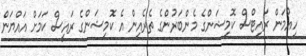
ހިއުމަން ރައިޓްސް ކޮމިޝަންގެ މެންބަރުންގެ ތެރެއިން އެ ކޮމިޝަންގެ ރައީސް ކަމަށް އައްޔަން